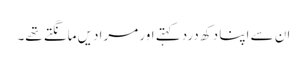
ان سے اپنا دکھ درد کہتے اور مرادیں مانگتے تھے۔